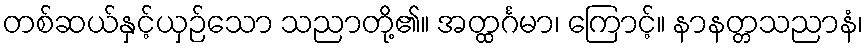
တစ်ဆယ်နှင့်ယှဉ်သော သညာတို့၏။ အတ္ထင်္ဂမာ၊ ကြောင့်။ နာနတ္တသညာနံ၊